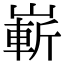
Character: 嶄